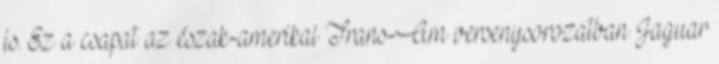
is. Ez a csapat az észak-amerikai Trans-Am versenysorozatban Jaguar